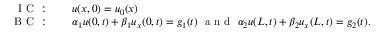
\begin{array} { r l } { \mathrm { ~ I ~ C ~ : ~ } } & { { } \quad u ( x , 0 ) = u _ { 0 } ( x ) } \\ { \mathrm { ~ B ~ C ~ : ~ } } & { { } \quad \alpha _ { 1 } u ( 0 , t ) + \beta _ { 1 } u _ { x } ( 0 , t ) = g _ { 1 } ( t ) \, \, \mathrm { ~ a ~ n ~ d ~ } \, \, \alpha _ { 2 } u ( L , t ) + \beta _ { 2 } u _ { x } ( L , t ) = g _ { 2 } ( t ) . } \end{array}